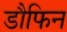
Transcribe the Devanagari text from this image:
डौफिन